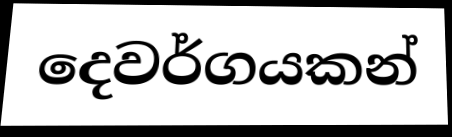
දෙවර්ගයකන්